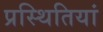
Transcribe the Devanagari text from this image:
प्रस्थितियां